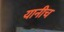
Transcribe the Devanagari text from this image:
यानीच